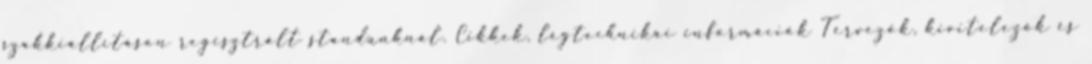
szakkiállításon regisztrált standunknál. Cikkek, légtechnikai információk Tervezők, kivitelezők és